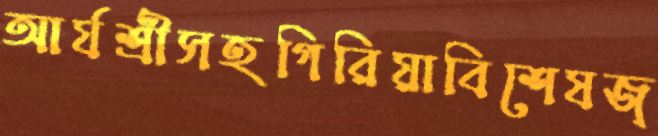
আর্যশ্রীসহগিরিয়াবিশেষজ্